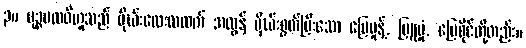
၃။ ပုဉ္ဇပထဝီဟူသည် မိုဃ်းလေးလထက် အလွန် မိုဃ်းစွတ်ပြီးသော မြေမှုန့်, မြူမှုံ, မြေစိုင်တို့တည်း။